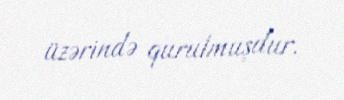
üzərində qurulmuşdur.